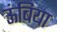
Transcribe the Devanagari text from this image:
ऊंबिया